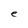
Character: e